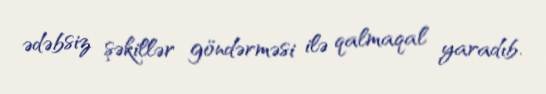
ədəbsiz şəkillər göndərməsi ilə qalmaqal yaradıb.